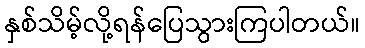
နှစ်သိမ့်လို့ရန်ပြေသွားကြပါတယ်။